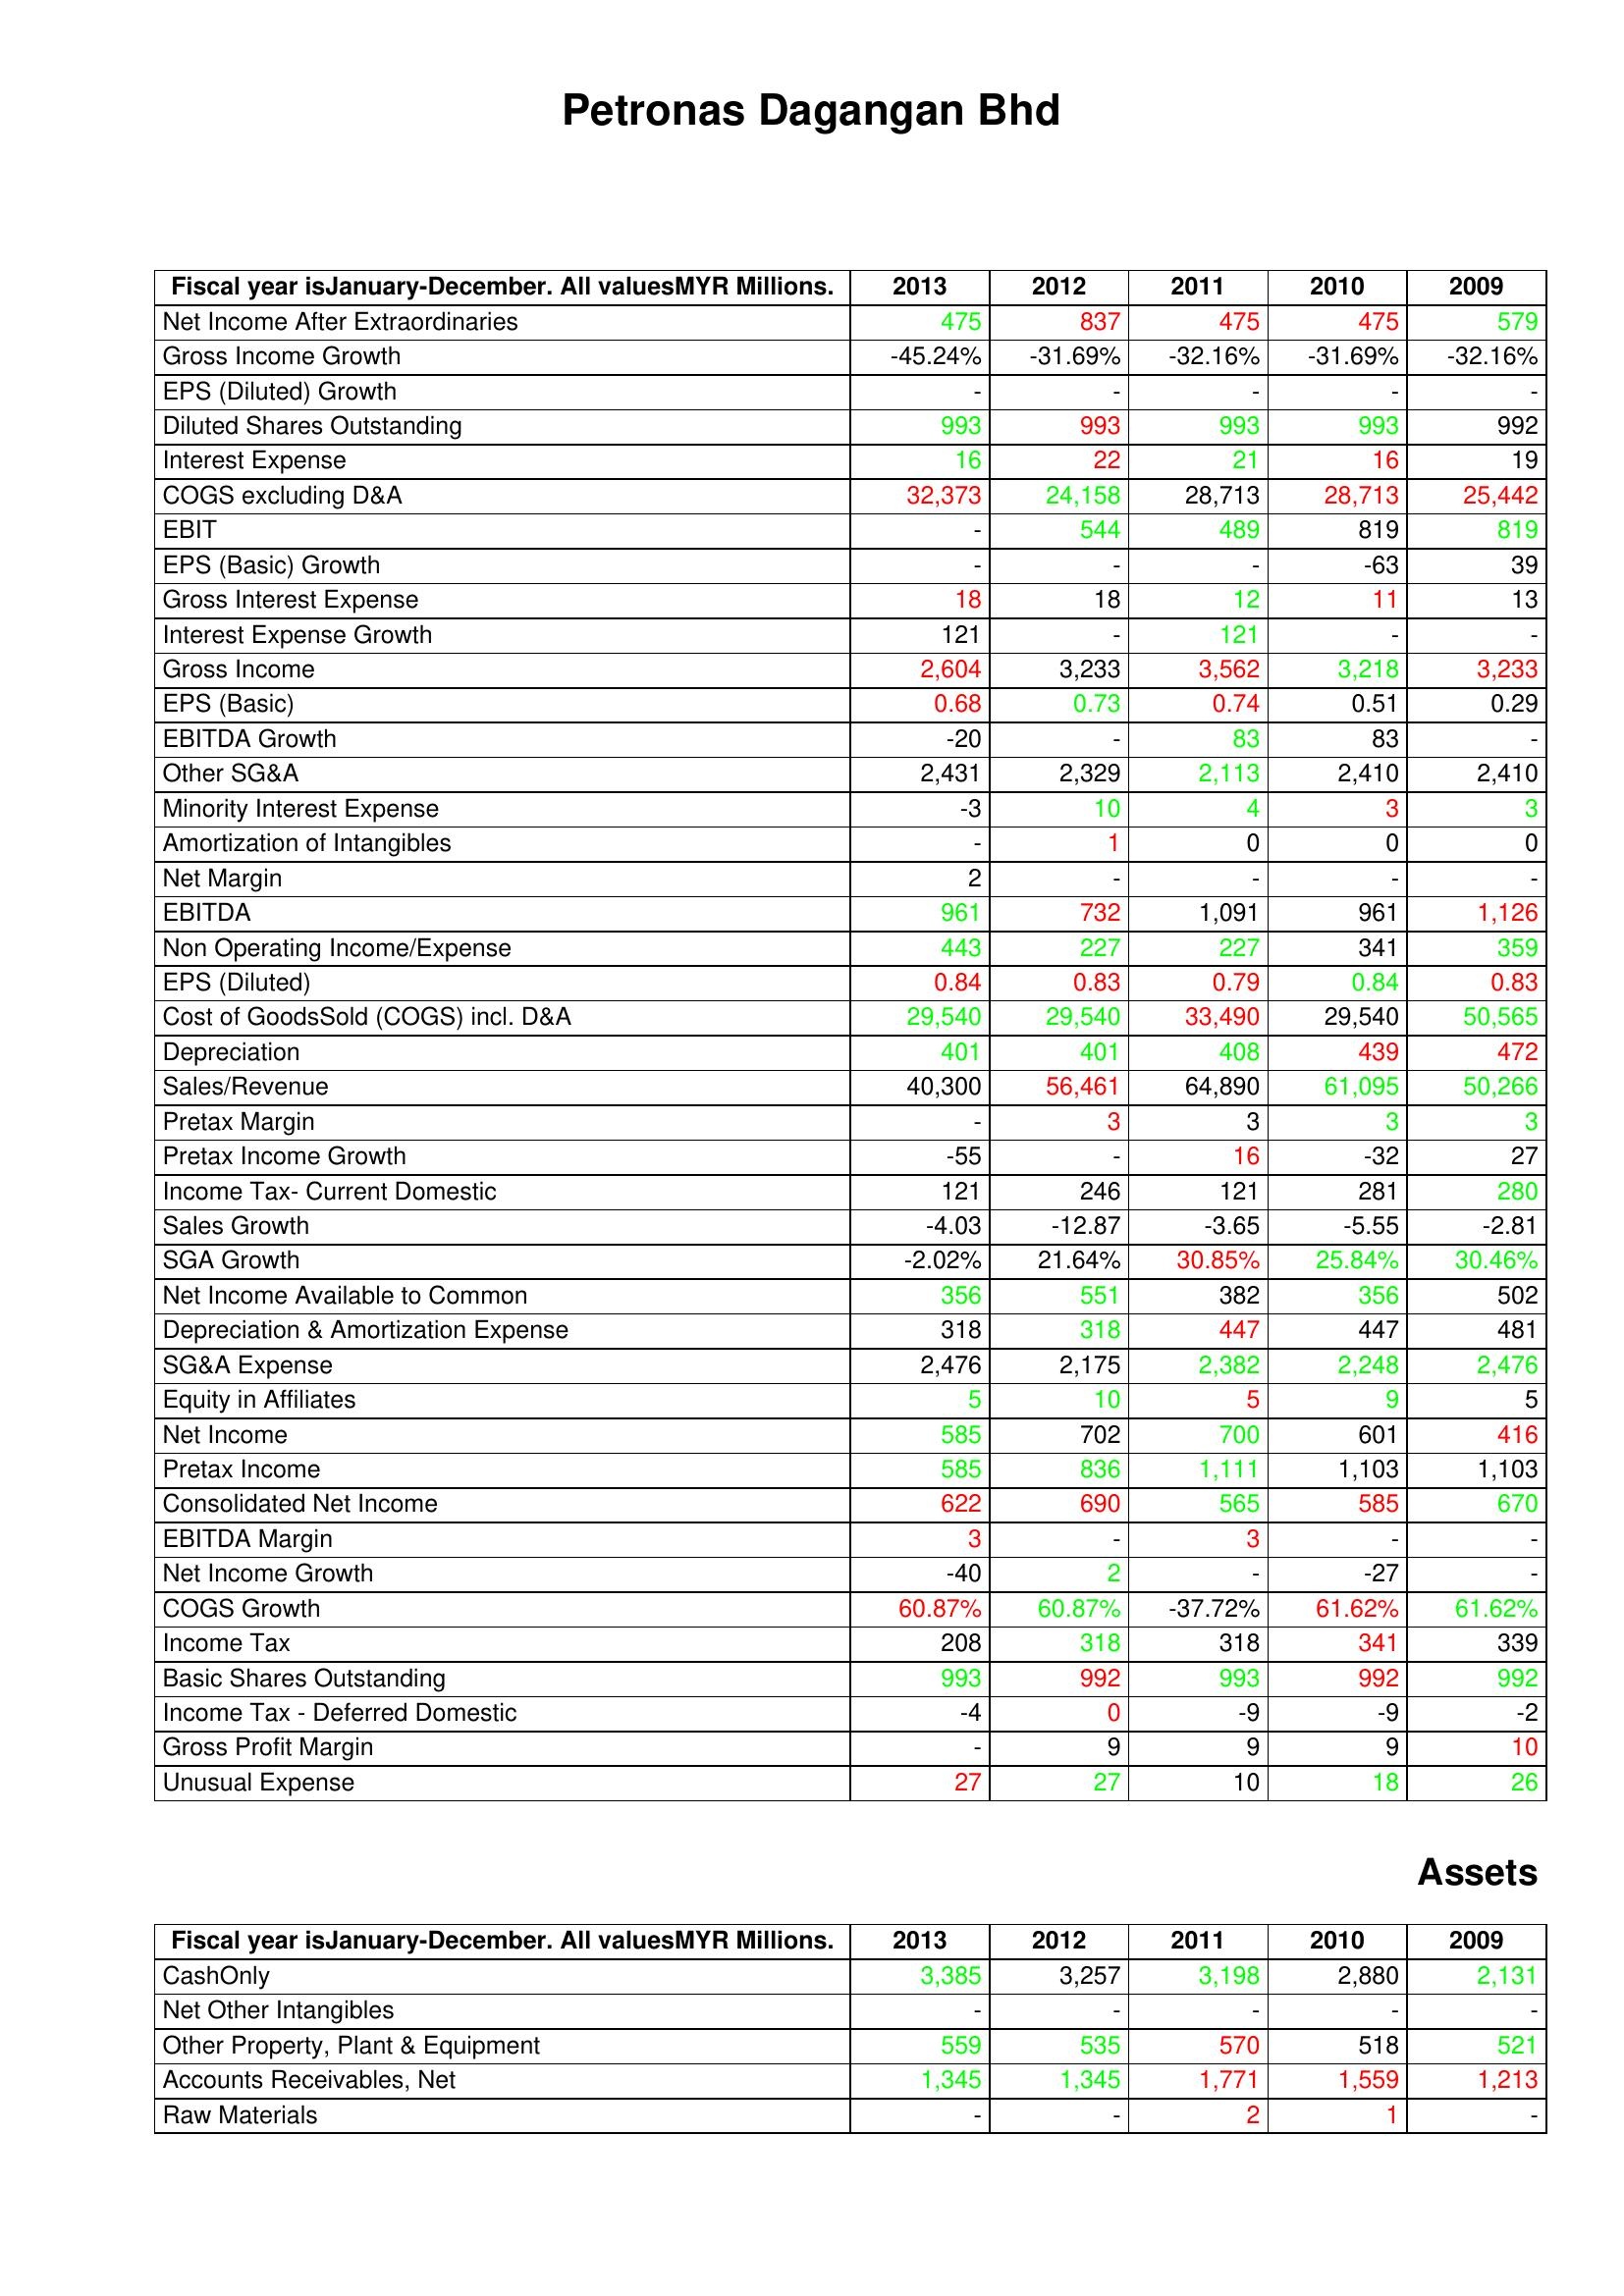
gt_parse: 2013: : Net Income After Extraordinaries: 475
Gross Income Growth: -45.24%
EPS (Diluted) Growth: -
Diluted Shares Outstanding: 993
Interest Expense: 16
COGS excluding D&A: 32,373
EBIT: -
EPS (Basic) Growth: -
Gross Interest Expense: 18
Interest Expense Growth: 121
Gross Income: 2,604
EPS (Basic): 0.68
EBITDA Growth: -20
Other SG&A: 2,431
Minority Interest Expense: -3
Amortization of Intangibles: -
Net Margin: 2
EBITDA: 961
Non Operating Income/Expense: 443
EPS (Diluted): 0.84
Cost of GoodsSold (COGS) incl. D&A: 29,540
Depreciation: 401
Sales/Revenue: 40,300
Pretax Margin: -
Pretax Income Growth: -55
Income Tax- Current Domestic: 121
Sales Growth: -4.03
SGA Growth: -2.02%
Net Income Available to Common: 356
Depreciation & Amortization Expense: 318
SG&A Expense: 2,476
Equity in Affiliates: 5
Net Income: 585
Pretax Income: 585
Consolidated Net Income: 622
EBITDA Margin: 3
Net Income Growth: -40
COGS Growth: 60.87%
Income Tax: 208
Basic Shares Outstanding: 993
Income Tax - Deferred Domestic: -4
Gross Profit Margin: -
Unusual Expense: 27
Assets: CashOnly: 3,385
Net Other Intangibles: -
Other Property, Plant & Equipment: 559
Accounts Receivables, Net: 1,345
Raw Materials: -
2012: : Net Income After Extraordinaries: 837
Gross Income Growth: -31.69%
EPS (Diluted) Growth: -
Diluted Shares Outstanding: 993
Interest Expense: 22
COGS excluding D&A: 24,158
EBIT: 544
EPS (Basic) Growth: -
Gross Interest Expense: 18
Interest Expense Growth: -
Gross Income: 3,233
EPS (Basic): 0.73
EBITDA Growth: -
Other SG&A: 2,329
Minority Interest Expense: 10
Amortization of Intangibles: 1
Net Margin: -
EBITDA: 732
Non Operating Income/Expense: 227
EPS (Diluted): 0.83
Cost of GoodsSold (COGS) incl. D&A: 29,540
Depreciation: 401
Sales/Revenue: 56,461
Pretax Margin: 3
Pretax Income Growth: -
Income Tax- Current Domestic: 246
Sales Growth: -12.87
SGA Growth: 21.64%
Net Income Available to Common: 551
Depreciation & Amortization Expense: 318
SG&A Expense: 2,175
Equity in Affiliates: 10
Net Income: 702
Pretax Income: 836
Consolidated Net Income: 690
EBITDA Margin: -
Net Income Growth: 2
COGS Growth: 60.87%
Income Tax: 318
Basic Shares Outstanding: 992
Income Tax - Deferred Domestic: 0
Gross Profit Margin: 9
Unusual Expense: 27
Assets: CashOnly: 3,257
Net Other Intangibles: -
Other Property, Plant & Equipment: 535
Accounts Receivables, Net: 1,345
Raw Materials: -
2011: : Net Income After Extraordinaries: 475
Gross Income Growth: -32.16%
EPS (Diluted) Growth: -
Diluted Shares Outstanding: 993
Interest Expense: 21
COGS excluding D&A: 28,713
EBIT: 489
EPS (Basic) Growth: -
Gross Interest Expense: 12
Interest Expense Growth: 121
Gross Income: 3,562
EPS (Basic): 0.74
EBITDA Growth: 83
Other SG&A: 2,113
Minority Interest Expense: 4
Amortization of Intangibles: 0
Net Margin: -
EBITDA: 1,091
Non Operating Income/Expense: 227
EPS (Diluted): 0.79
Cost of GoodsSold (COGS) incl. D&A: 33,490
Depreciation: 408
Sales/Revenue: 64,890
Pretax Margin: 3
Pretax Income Growth: 16
Income Tax- Current Domestic: 121
Sales Growth: -3.65
SGA Growth: 30.85%
Net Income Available to Common: 382
Depreciation & Amortization Expense: 447
SG&A Expense: 2,382
Equity in Affiliates: 5
Net Income: 700
Pretax Income: 1,111
Consolidated Net Income: 565
EBITDA Margin: 3
Net Income Growth: -
COGS Growth: -37.72%
Income Tax: 318
Basic Shares Outstanding: 993
Income Tax - Deferred Domestic: -9
Gross Profit Margin: 9
Unusual Expense: 10
Assets: CashOnly: 3,198
Net Other Intangibles: -
Other Property, Plant & Equipment: 570
Accounts Receivables, Net: 1,771
Raw Materials: 2
2010: : Net Income After Extraordinaries: 475
Gross Income Growth: -31.69%
EPS (Diluted) Growth: -
Diluted Shares Outstanding: 993
Interest Expense: 16
COGS excluding D&A: 28,713
EBIT: 819
EPS (Basic) Growth: -63
Gross Interest Expense: 11
Interest Expense Growth: -
Gross Income: 3,218
EPS (Basic): 0.51
EBITDA Growth: 83
Other SG&A: 2,410
Minority Interest Expense: 3
Amortization of Intangibles: 0
Net Margin: -
EBITDA: 961
Non Operating Income/Expense: 341
EPS (Diluted): 0.84
Cost of GoodsSold (COGS) incl. D&A: 29,540
Depreciation: 439
Sales/Revenue: 61,095
Pretax Margin: 3
Pretax Income Growth: -32
Income Tax- Current Domestic: 281
Sales Growth: -5.55
SGA Growth: 25.84%
Net Income Available to Common: 356
Depreciation & Amortization Expense: 447
SG&A Expense: 2,248
Equity in Affiliates: 9
Net Income: 601
Pretax Income: 1,103
Consolidated Net Income: 585
EBITDA Margin: -
Net Income Growth: -27
COGS Growth: 61.62%
Income Tax: 341
Basic Shares Outstanding: 992
Income Tax - Deferred Domestic: -9
Gross Profit Margin: 9
Unusual Expense: 18
Assets: CashOnly: 2,880
Net Other Intangibles: -
Other Property, Plant & Equipment: 518
Accounts Receivables, Net: 1,559
Raw Materials: 1
2009: : Net Income After Extraordinaries: 579
Gross Income Growth: -32.16%
EPS (Diluted) Growth: -
Diluted Shares Outstanding: 992
Interest Expense: 19
COGS excluding D&A: 25,442
EBIT: 819
EPS (Basic) Growth: 39
Gross Interest Expense: 13
Interest Expense Growth: -
Gross Income: 3,233
EPS (Basic): 0.29
EBITDA Growth: -
Other SG&A: 2,410
Minority Interest Expense: 3
Amortization of Intangibles: 0
Net Margin: -
EBITDA: 1,126
Non Operating Income/Expense: 359
EPS (Diluted): 0.83
Cost of GoodsSold (COGS) incl. D&A: 50,565
Depreciation: 472
Sales/Revenue: 50,266
Pretax Margin: 3
Pretax Income Growth: 27
Income Tax- Current Domestic: 280
Sales Growth: -2.81
SGA Growth: 30.46%
Net Income Available to Common: 502
Depreciation & Amortization Expense: 481
SG&A Expense: 2,476
Equity in Affiliates: 5
Net Income: 416
Pretax Income: 1,103
Consolidated Net Income: 670
EBITDA Margin: -
Net Income Growth: -
COGS Growth: 61.62%
Income Tax: 339
Basic Shares Outstanding: 992
Income Tax - Deferred Domestic: -2
Gross Profit Margin: 10
Unusual Expense: 26
Assets: CashOnly: 2,131
Net Other Intangibles: -
Other Property, Plant & Equipment: 521
Accounts Receivables, Net: 1,213
Raw Materials: -